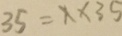
3 5 = x \times 3 5